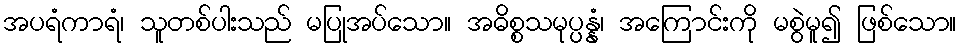
အပရံကာရံ၊ သူတစ်ပါးသည် မပြုအပ်သော။ အဓိစ္စသမုပ္ပန္နံ၊ အကြောင်းကို မစွဲမူ၍ ဖြစ်သော။